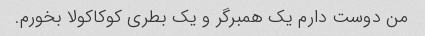
من دوست دارم یک همبرگر و یک بطری کوکاکولا بخورم.